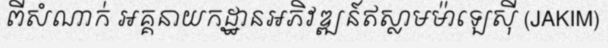
ពីសំណាក់ អគ្គនាយកដ្ឋានអភិវឌ្ឍន៍ឥស្លាមម៉ាឡេស៊ី (JAKIM)